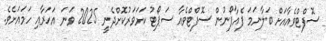
ސޮފްޓްވެއާއަށް ބަލާނަމަ ފެއާފޯނުން ސޮފްޓްވެއާ ސަޕޯޓު ކަށަވަރުކޮށްދެނީ 2025 ވަނަ އަހަރާއި ހަމައަށެވެ.